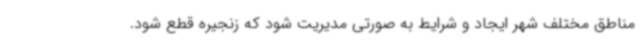
مناطق مختلف شهر ایجاد و شرایط به صورتی مدیریت شود که زنجیره قطع شود.